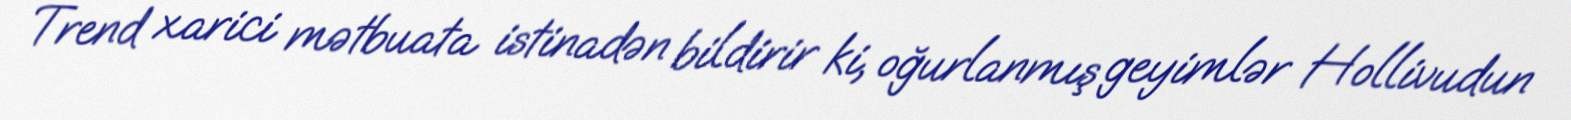
Trend xarici mətbuata istinadən bildirir ki, oğurlanmış geyimlər Hollivudun